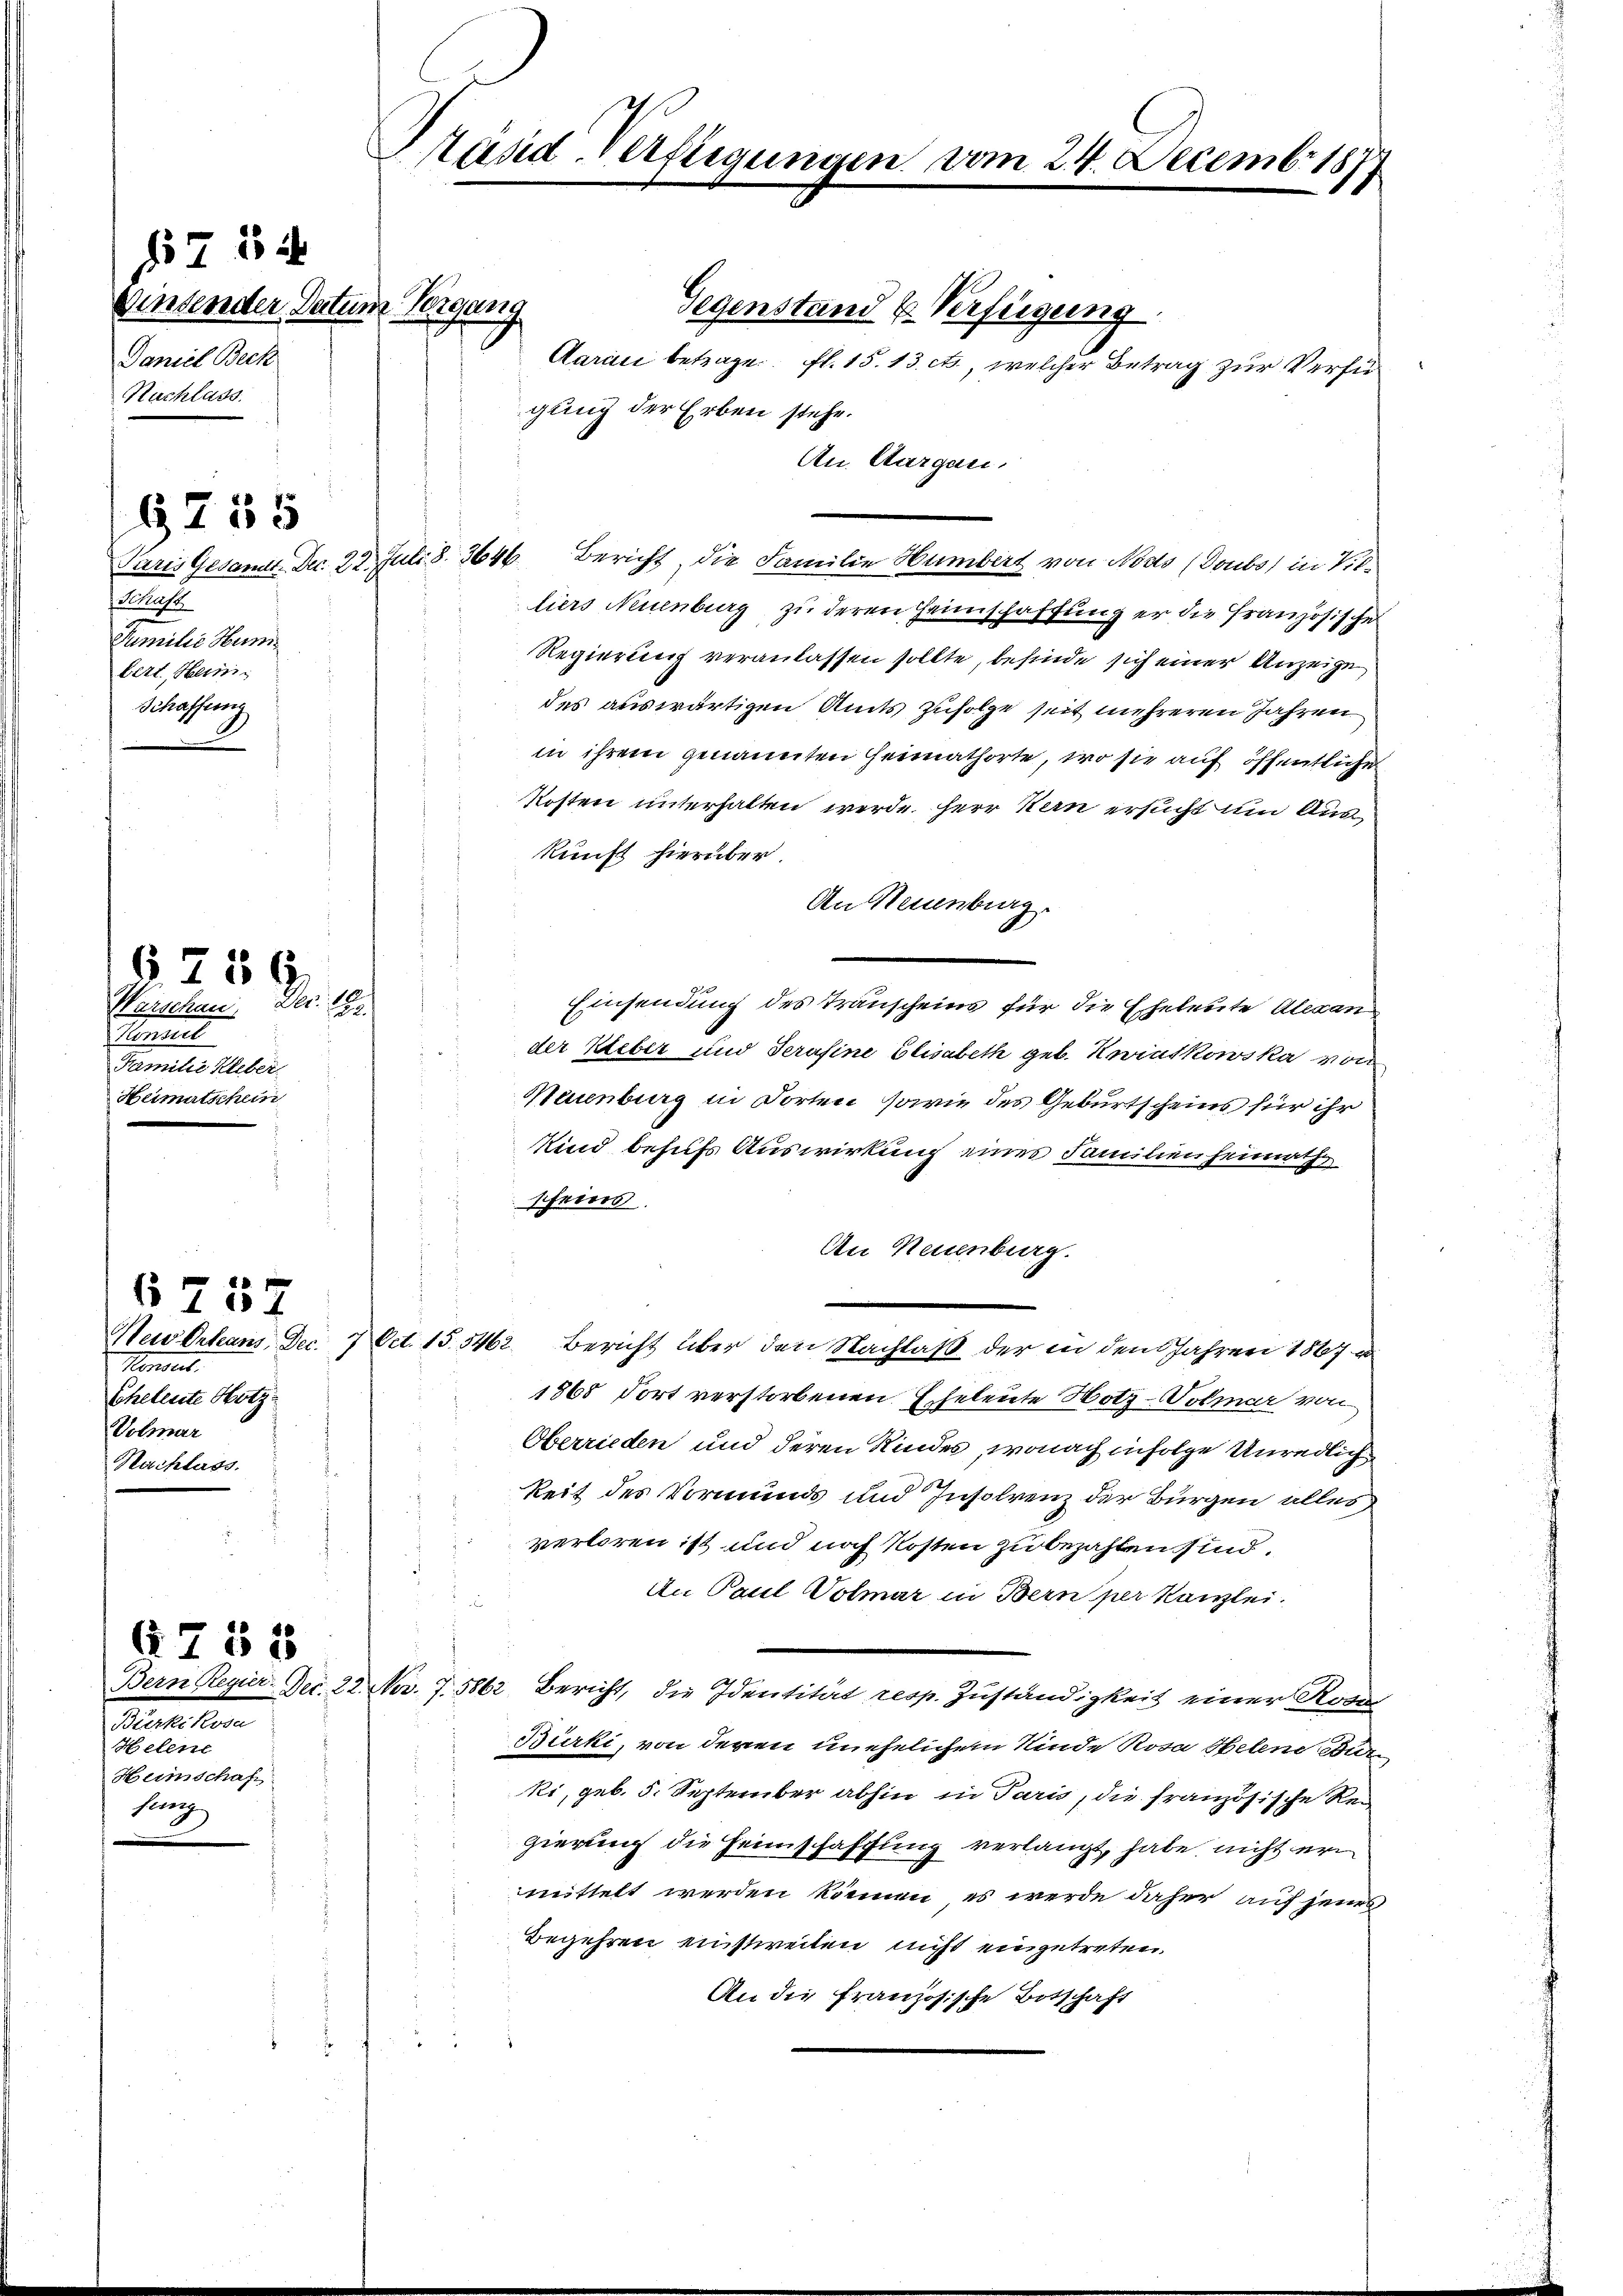
§ 754
Winsender Datum Vorgang
Daniel Beck
Nachlass

Schaft
Familie Hum
bert, Heinric
Schaffung

6755

Hennert
Familie Ueber
Heimatschein

§ 236.
Warschen. Dec. 18

Neu Orleans, Dec. 7
Konsent.
Eheleute Hotz
Volmar
Nachlass

6 757

Bürkikosa
Helene
Heimschaft
fang

A 755

Prand verfügungen vom 24. Decembr 1877

Gegenstand u. Verfügung
Aarii betrage. fl. 15. 13. et, welcher Betrag zur Verfügung der Erben stehe.
An Aargau.
Paris Gesamt Dec. 22. Juli S. 364 Bericht, die Familie Humbert von Nods (Doubs in Villiers Neuenburg zu deren Haunschaffung er die Französische
Regierung veranlassen sollte, befinde sich einer Anzeige
des auswärtigen Amts Zufolge seit mehreren Jahren
in ihrem genannten Heimathörte, wo sie auf öffentliche
Kosten unterhalten werde. Herr Kern ersucht um Auskunft hierüber.
An Neuenburg.
Einsendung des Transcheins für die Eheleute Alexander Ueber und Serafine Elisabeth geb. Keiutkowska von
Neuenburg in dorten, sowie des Geburtscheins für ihr
Kind behufs Auswirkung eines Familienheimath
sfeins.
An Neuenburg.
Oct. 15. 5462. Bericht über den Nachlaß der in den Jahren 1867
1868 fort verstorbenen Eheleute Hotz-Volmar von
Oberrieden und deren Kindes, wonach infolge Unredlich
keit des Vormund und Insolrenz der Bürgen alles
verloren ist und noch Kosten zu bezahlen sind.
An Paul Volmar in Bern per Kanzlei.
Bern Regier-Dec. 22. No. 7. 5862. Bericht, die Identität resp. Zuständigkeit einer Rose
Bürki, von deren unehelichem Kinde Rosa Helene Bur
ki, geb. 5. September abhin in Paris, die französische Rei
gierung die Heimschaffung verlangt, habe nicht er
mittelt werden können, es werde daher auf jenes
Begehren einstweilen nicht eingetreten.
An die Französische Botschaft
1